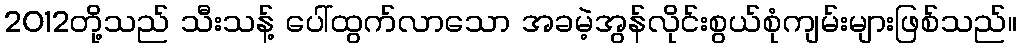
2012တို့သည် သီးသန့် ပေါ်ထွက်လာသော အခမဲ့အွန်လိုင်းစွယ်စုံကျမ်းများဖြစ်သည်။